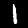
Digit: 1